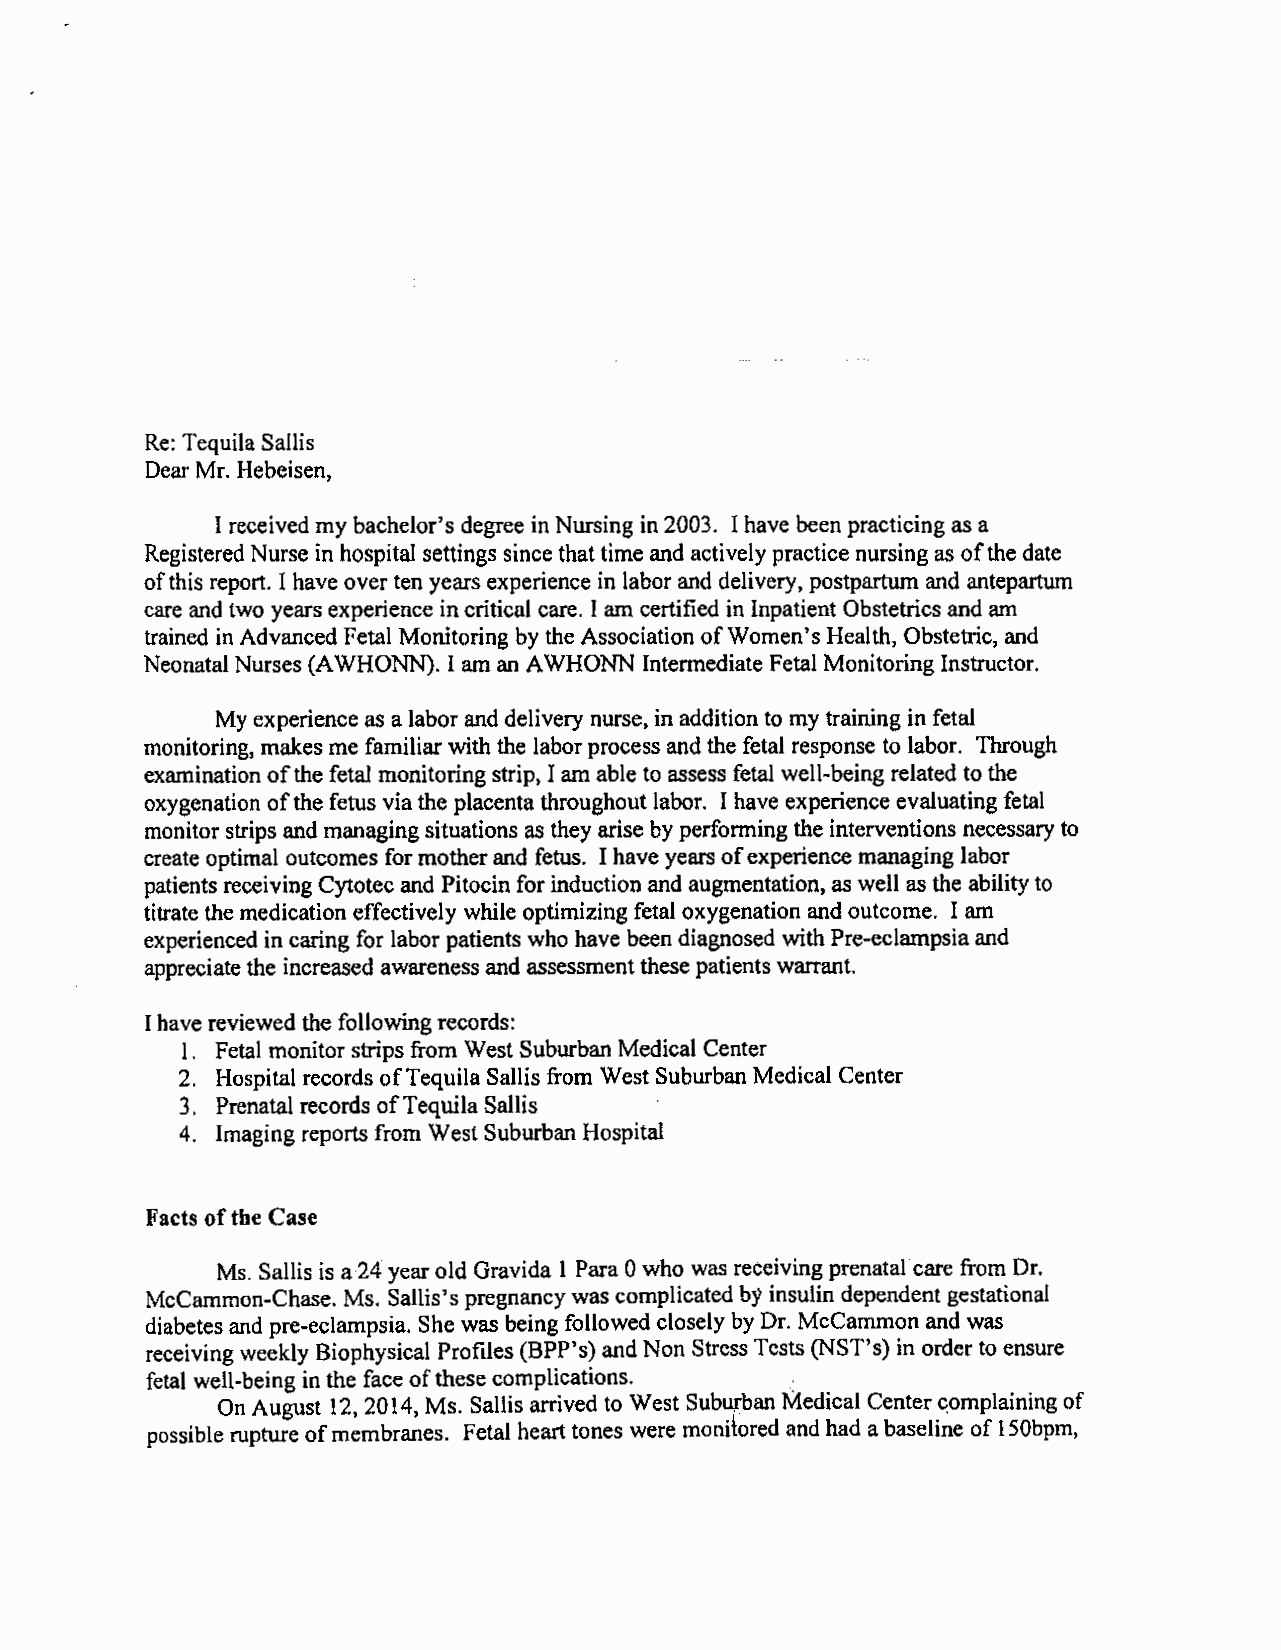
Re: Tequila Sallis
 Dear Mr. Hebeisen,
 I received my bachelor's degree in Nursing in 2003. I have been practicing as a
 Registered Nurse in hospital settings since that time and actively practice nursing as of the date
 of this report. I have over ten years experience in labor and delivery, postpartum and antepartum
 care and two years experience in critical care. I am certified in Inpatient Obstetrics and am
 trained in Advanced Fetal Monitoring by the Association of Women's Health, Obstetric, and
 Neonatal Nurses (A WHONN). I am an A WHONN Intermediate Fetal Monitoring Instructor.
 My experience as a labor and delivery nurse, in addition to my training in fetal
 monitoring, makes me familiar with the labor process and the fetal response to labor. Through
 examination of the fetal monitoring strip, I am able to assess fetal well-being related to the
 oxygenation of the fetus via the placenta throughout labor. I have experience evaluating fetal
 monitor strips and managing situations as they arise by performing the interventions necessary to
 create optimal outcomes for mother and fetus. I have years of experience managing labor
 patients receiving Cytotec and Pitocin for induction and augmentation, as well as the ability to
 titrate the medication effectively while optimizing fetal oxygenation and outcome. I am
 experienced in caring for labor patients who have been diagnosed with Pre-eclampsia and
 appreciate the increased awareness and assessment these patients warrant.
 I have reviewed the following records:
 I. Fetal monitor strips from West Suburban Medical Center
 2. Hospital records of Tequila Sallis from West Suburban Medical Center
 3. Prenatal records of Tequila Sallis
 4. Imaging reports from West Suburban Hospital
 Facts of the Case
 Ms. Sallis is a 24 year old Gravida I Para 0 who was receiving prenatal· care from Dr.
 McCammon-Chase. Ms. Sallis's pregnancy was complicated by insulin dependent gestational
 diabetes and pre-eclampsia. She was being followed closely by Dr. McCammon and was
 receiving weekly Biophysical Profiles (BPP's) and Non Stress Tests (NST's) in order to ensure
 fetal well-being in the face of these complications. .
 On August 12, 2014, Ms. Sallis arrived to West Subu,rban Medical Center c:omplaining of
 possible rupture of membranes. Fetal heart tones were monitored and had a baseline of 150bpm,